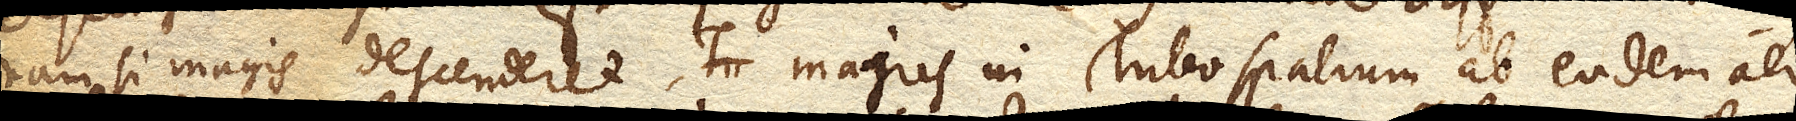
nam si magis descenderet, majus in Tubo spatium ab eodem aere